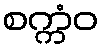
စက္ကံဝ